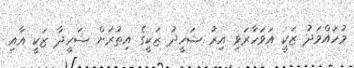
މުހައްމަދު ޒަކީ އަވަހާރަވި އިރު ޝަހީދު ޒަކީގެ އިތުރަށް ޝަހީދާ ޒަކީ އާއި